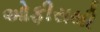
ઓફીસથી